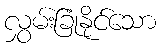
လွှမ်းခြုံနိုင်သော